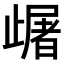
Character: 𣦠